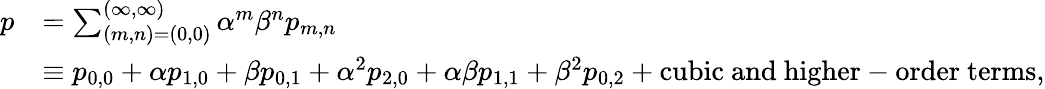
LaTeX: \begin{array}{rl}{p}&{=\sum_{(m,n)=(0,0)}^{(\infty,\infty)}\alpha^{m}\beta^{n}p_{m,n}}\\ &{\equiv p_{0,0}+\alpha p_{1,0}+\beta p_{0,1}+\alpha^{2}p_{2,0}+\alpha\beta p_{1,1}+\beta^{2}p_{0,2}+\mathrm{cubic~and~higher-order~terms},}\end{array}